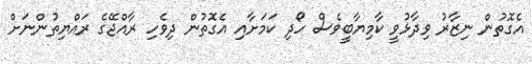
އެގޮތުން ނިޒާރު ވިދާޅުވީ ކާމިޔާބީވެސް ހޯދި ކަމަށާއި އެގޮތުން ދިވެހި ރާއްޖޭގެ ރައްޔިތުންނަށް